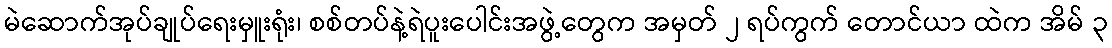
မဲဆောက်အုပ်ချုပ်ရေးမှူးရုံး၊ စစ်တပ်နဲ့ရဲပူးပေါင်းအဖွဲ့တွေက အမှတ် ၂ ရပ်ကွက် တောင်ယာ ထဲက အိမ် ၃